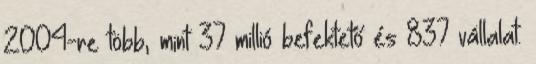
2004-re több, mint 37 millió befektető és 837 vállalat.